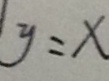
y = x